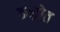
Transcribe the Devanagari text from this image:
इन्द्रोत